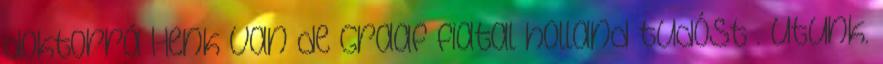
doktorrá Henk van de Graaf fiatal holland tudóst . Utunk.